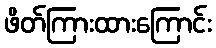
ဖိတ်ကြားထားကြောင်း